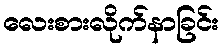
လေးစားလိုက်နာခြင်း